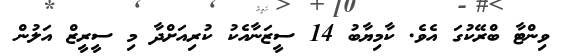
ވިންޓާ ބްރޭކުގަ އެވެ. ކާމިޔާބު 14 ސީޒަނާއެކު ކުރިއަށްދާ މި ސީރީޒް އަލުން